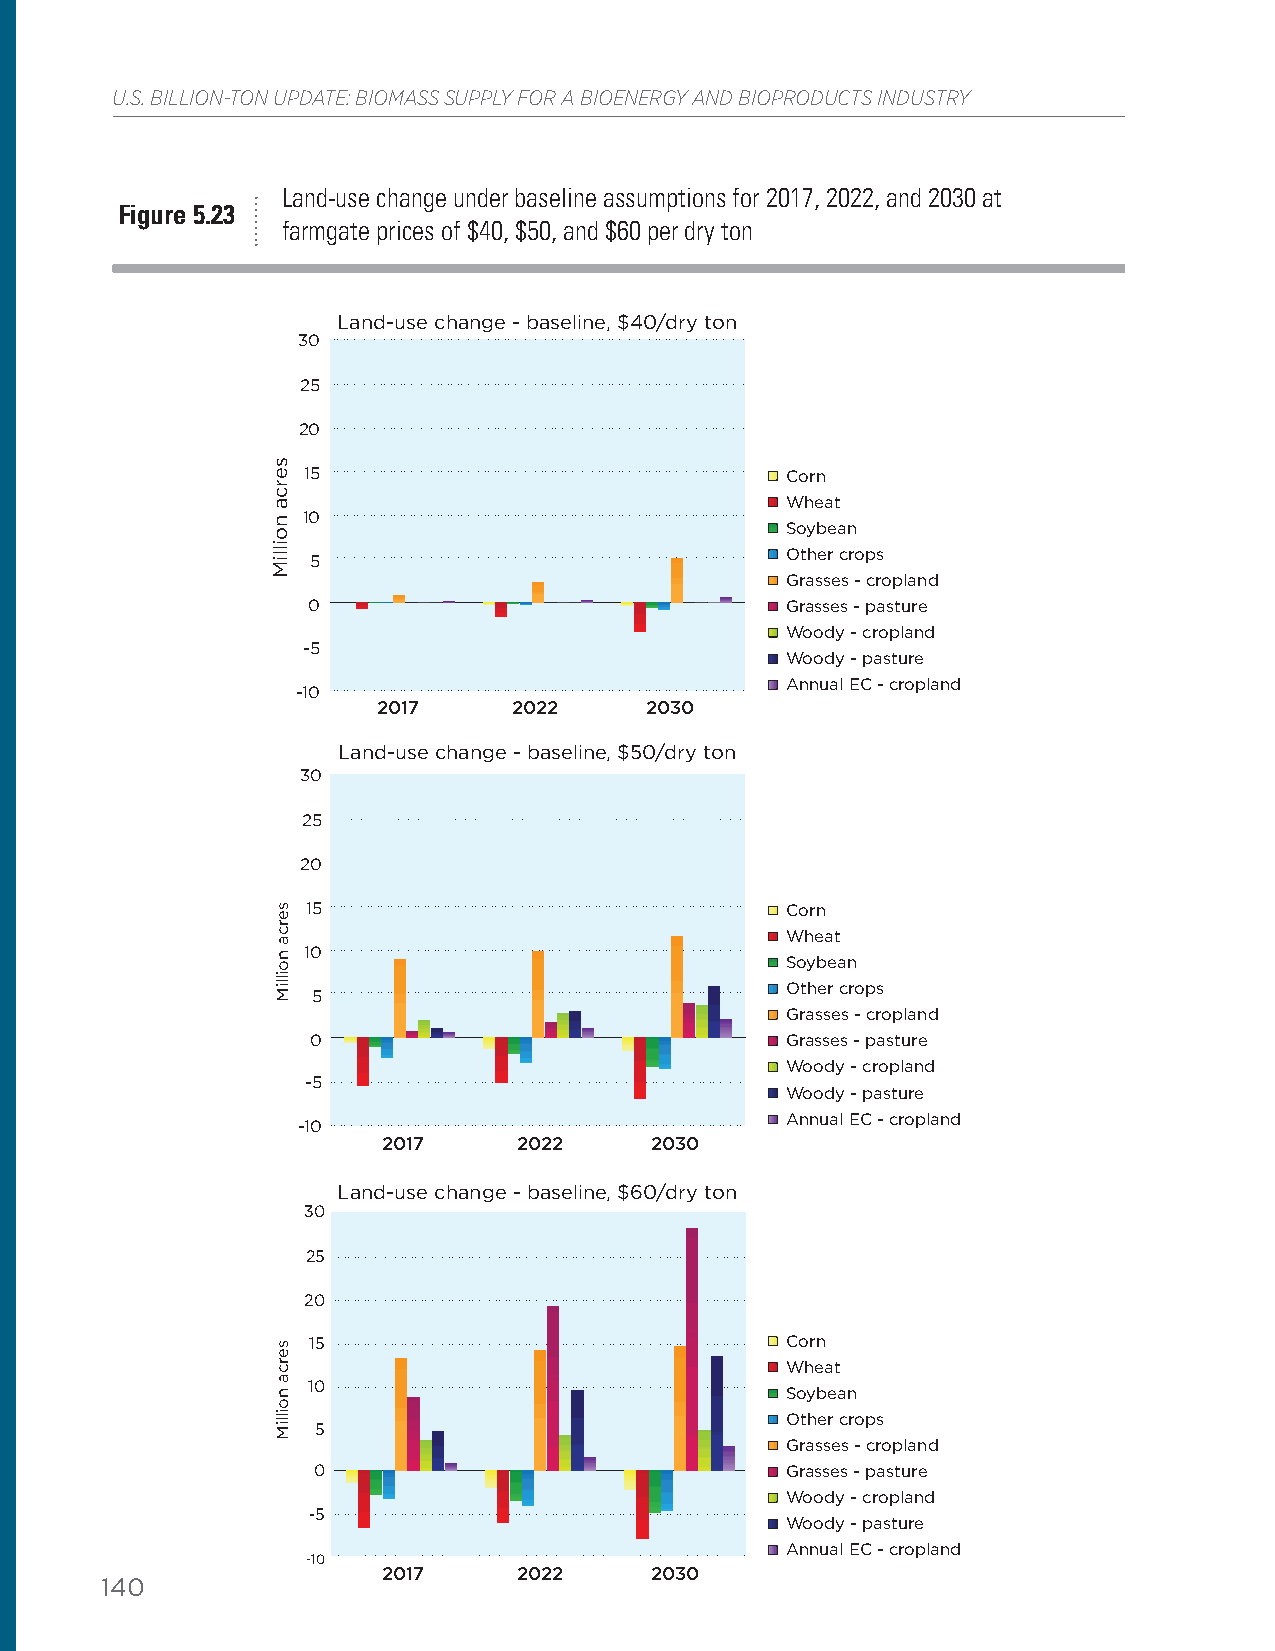
U.S. BILLION-TON UPDATE: BIOMASS SUPPLY FOR A BIOENERGY AND BIOPRODUCTS INDUSTRY
 Land-use change under baseline assumptions for 2017, 2022, and 2030 at
 Figure 5.23
 farmgate prices of $40, $50, and $60 per dry ton
 Land-use change - baseline, $40/dry ton
 30
 25
 20
 15                              Corn
 Wheat
 10
 Soybean
 Other crops
 5
 Grasses - cropland
 0                               Grasses - pasture
 Woody - cropland
 -5
 Woody - pasture
 Annual EC - cropland
 -10
 2017     2022     2030
 Land-use change - baseline, $50/dry ton
 30
 25
 20
 15                              Corn
 Wheat
 10
 Soybean
 Other crops
 5
 Grasses - cropland
 0                              Grasses - pasture
 Woody - cropland
 -5
 Woody - pasture
 Annual EC - cropland
 -10
 2017     2022     2030
 Land-use change - baseline, $60/dry ton
 30
 25
 20
 15                              Corn
 Wheat
 10
 Soybean
 Other crops
 5
 Grasses - cropland
 0                              Grasses - pasture
 Woody - cropland
 -5
 Woody - pasture
 Annual EC - cropland
 -10
 2017     2022     2030
 140
 serca
 noilliM
 serca
 noilliM
 serca
 noilliM